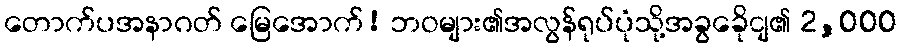
တောက်ပအနာဂတ် မြေအောက်! ဘဝများ၏အလွန်ရုပ်ပုံသို့အခွခေိုငျ၏ 2,000